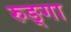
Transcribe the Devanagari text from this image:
रुङ्गा